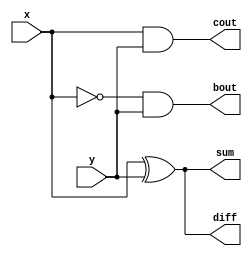
`timescale 1ns / 1ps
//////////////////////////////////////////////////////////////////////////////////
// Company: 
// Engineer: 
// 
// Design Name: 
// Module Name: half_adder_subtractor
// Project Name: 
// Target Devices: 
// Tool Versions: 
// Description: 
// 
// Dependencies: 
// 
// Revision:
// Revision 0.01 - File Created
// Additional Comments:
// 
//////////////////////////////////////////////////////////////////////////////////


module half_adder_subtractor(input x, y, output sum, diff, output cout, bout);
assign sum = x ^ y;
assign cout = x & y;
assign diff = x ^ y;
assign bout = (~x) & y;
endmodule